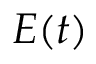
E ( t )